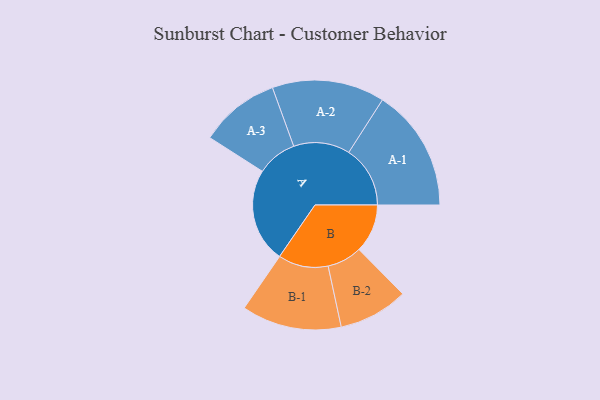
{"axis": {"x": "Segment", "y": "Value"}, "legend": ["", "A", "B"], "data": [{"x": "A", "y": 447, "type": ""}, {"x": "B", "y": 230, "type": ""}, {"x": "A-1", "y": 291, "type": "A"}, {"x": "A-2", "y": 267, "type": "A"}, {"x": "A-3", "y": 190, "type": "A"}, {"x": "B-1", "y": 237, "type": "B"}, {"x": "B-2", "y": 165, "type": "B"}]}